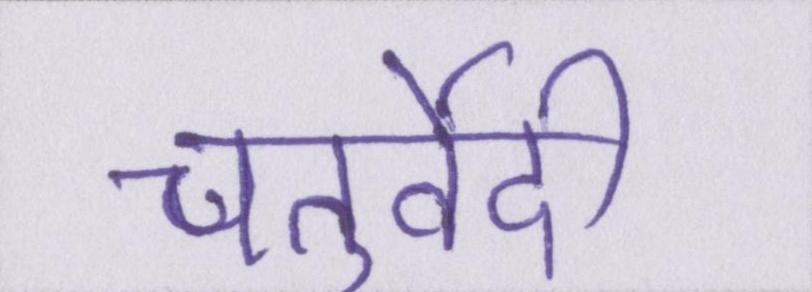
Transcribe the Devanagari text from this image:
चतुर्वेदी